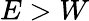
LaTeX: E>W